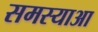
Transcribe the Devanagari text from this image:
समस्याआ